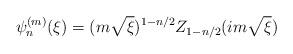
LaTeX: \begin{align*}\psi^{(m)}_{n}(\xi ) = (m \sqrt{\xi})^{1-n/2} Z_{1-n/2}(im\sqrt{\xi })\end{align*}